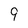
Character: 9